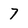
Character: 7